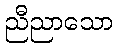
ညီညာသော